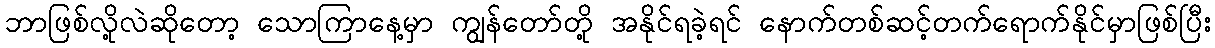
ဘာဖြစ်လို့လဲဆိုတော့ သောကြာနေ့မှာ ကျွန်တော်တို့ အနိုင်ရခဲ့ရင် နောက်တစ်ဆင့်တက်ရောက်နိုင်မှာဖြစ်ပြီး